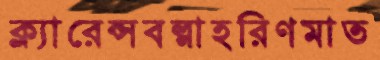
ক্ল্যারেন্সবল্গাহরিণমাত